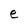
Character: e